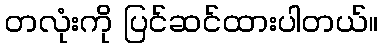
တလုံးကို ပြင်ဆင်ထားပါတယ်။